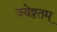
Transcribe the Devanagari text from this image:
ज्येष्ठतम्